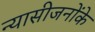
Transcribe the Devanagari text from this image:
न्यासीजनोंके